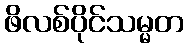
ဖိလစ်ပိုင်သမ္မတ